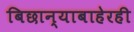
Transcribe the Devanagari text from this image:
बिछान्याबाहेरही